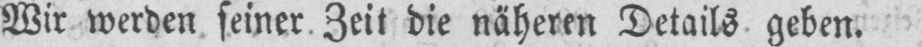
Wir werden seiner Zeit die näheren Details geben.